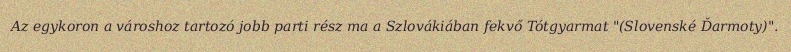
Az egykoron a városhoz tartozó jobb parti rész ma a Szlovákiában fekvő Tótgyarmat "(Slovenské Ďarmoty)".